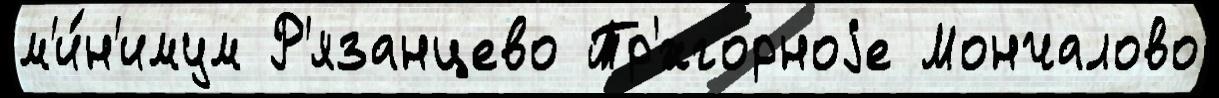
м'и́н'имум Р'язанцево Тр'́хгорноjе Мончалово